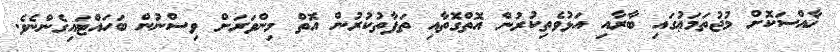
ޚާއްސަކޮށް މުޖުތަމަޢުގައި ބާރާއި އަޅުވެތިކުރުން އޮތްގޮތާއި ތަފާތުކުރުން އޮތް މިންވަރަށް ވިސްނުން ބަހައްޓައިގެންނެވެ.